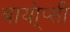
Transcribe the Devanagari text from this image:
बायो्प्सी